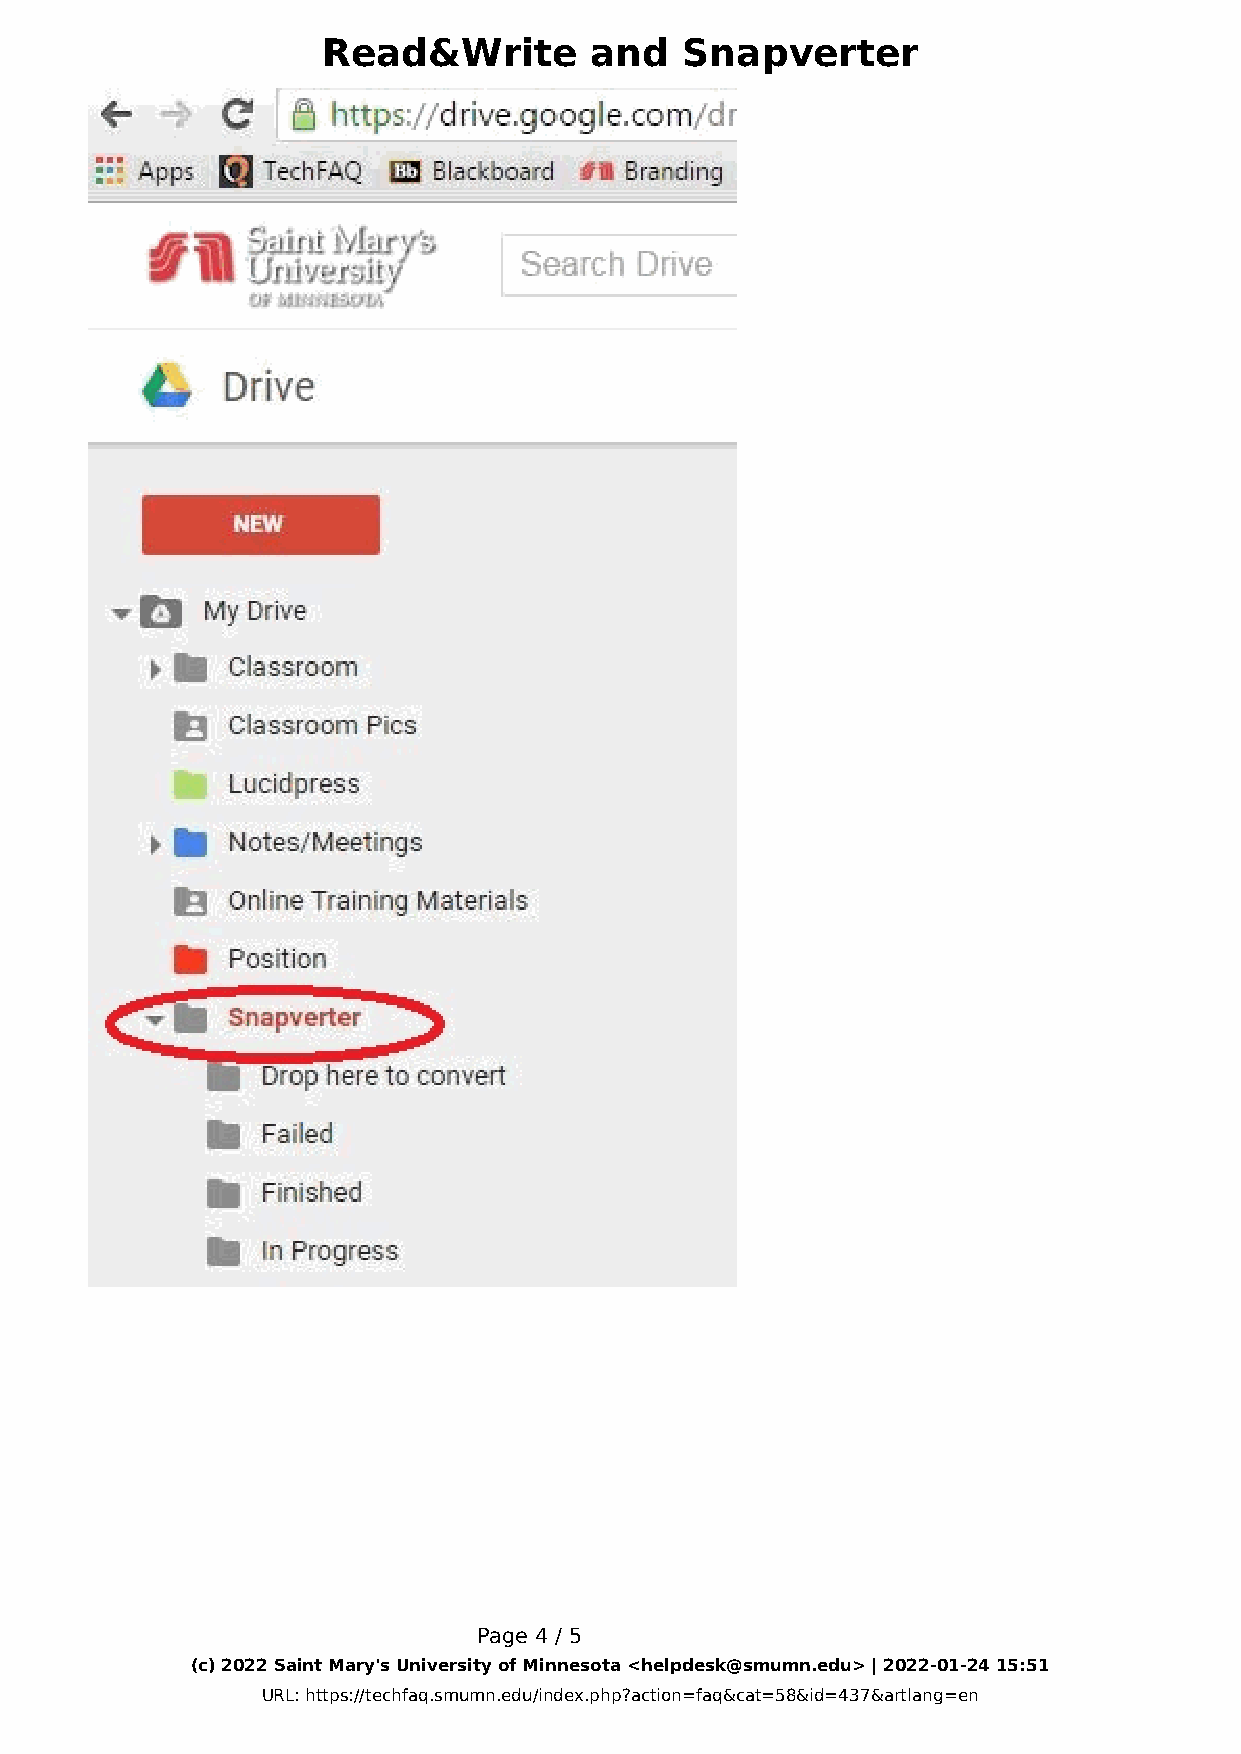
Read&Write        and   Snapverter
 Page 4 / 5
 (c) 2022 Saint Mary's University of Minnesota <helpdesk@smumn.edu> | 2022-01-24 15:51
 URL: https://techfaq.smumn.edu/index.php?action=faq&cat=58&id=437&artlang=en